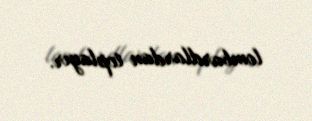
lombardlardan toplayır.